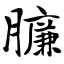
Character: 臁